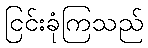
ငြင်းခုံကြသည်